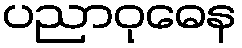
ပညာဝုဓေန